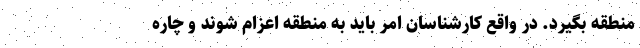
منطقه بگیرد. در واقع کارشناسان امر باید به منطقه اعزام شوند و چاره